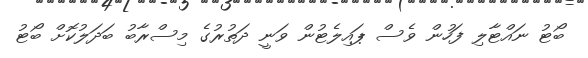
ބޯޓު ނައްޓާލި ފަހުން ވެސް ޕައިލެޓުން ވަނީ ދަތުރުގެ މިސްރާބު ބަދަލުކޮށް ބޯޓު